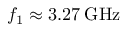
f _ { 1 } \approx 3 . 2 7 \: \mathrm { G H z }